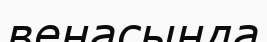
венасында